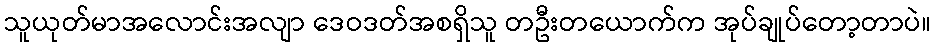
သူယုတ်မာအလောင်းအလျာ ဒေဝဒတ်အစရှိသူ တဦးတယောက်က အုပ်ချုပ်တော့တာပဲ။